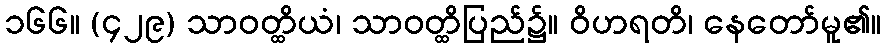
၁၆၆။ (၄၂၉) သာဝတ္ထိယံ၊ သာဝတ္ထိပြည်၌။ ဝိဟရတိ၊ နေတော်မူ၏။